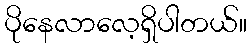
ပိုနေလာလေ့ရှိပါတယ်။